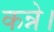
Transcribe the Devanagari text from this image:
कन्ने।